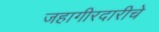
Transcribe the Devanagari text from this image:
जहागीरदारीचे